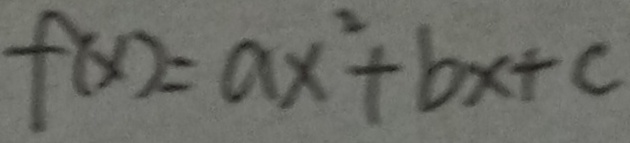
f ( x ) = a x ^ { 2 } + b x + c